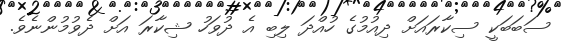
ސަބަބަކީ ސިކާރައަށް ދިއުމުގެ ހުއްދަ ލިބި އެ ދުވަހު ޝިކާރަ އަށް ދެވުމުންނެވެ.